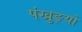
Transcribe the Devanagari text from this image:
पंखुङ्यों